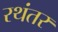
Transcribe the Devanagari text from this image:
रथंतर